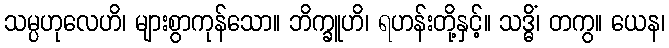
သမ္ပဟုလေဟိ၊ များစွာကုန်သော။ ဘိက္ခူဟိ၊ ရဟန်းတို့နှင့်။ သဒ္ဓိံ၊ တကွ။ ယေန၊